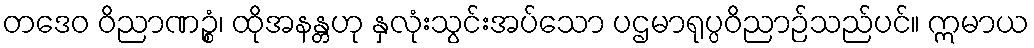
တဒေဝ ဝိညာဏဉ္စံ၊ ထိုအနန္တဟု နှလုံးသွင်းအပ်သော ပဌမာရုပ္ပဝိညာဉ်သည်ပင်။ ဣမာယ